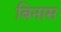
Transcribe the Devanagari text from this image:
बिनास